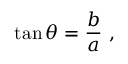
\tan \theta = { \frac { b } { a } } \ ,